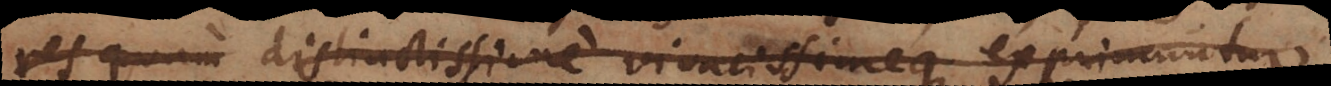
res quam distinctissime vivacissimeque exprimuntur.